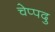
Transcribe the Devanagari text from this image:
चेप्पदु